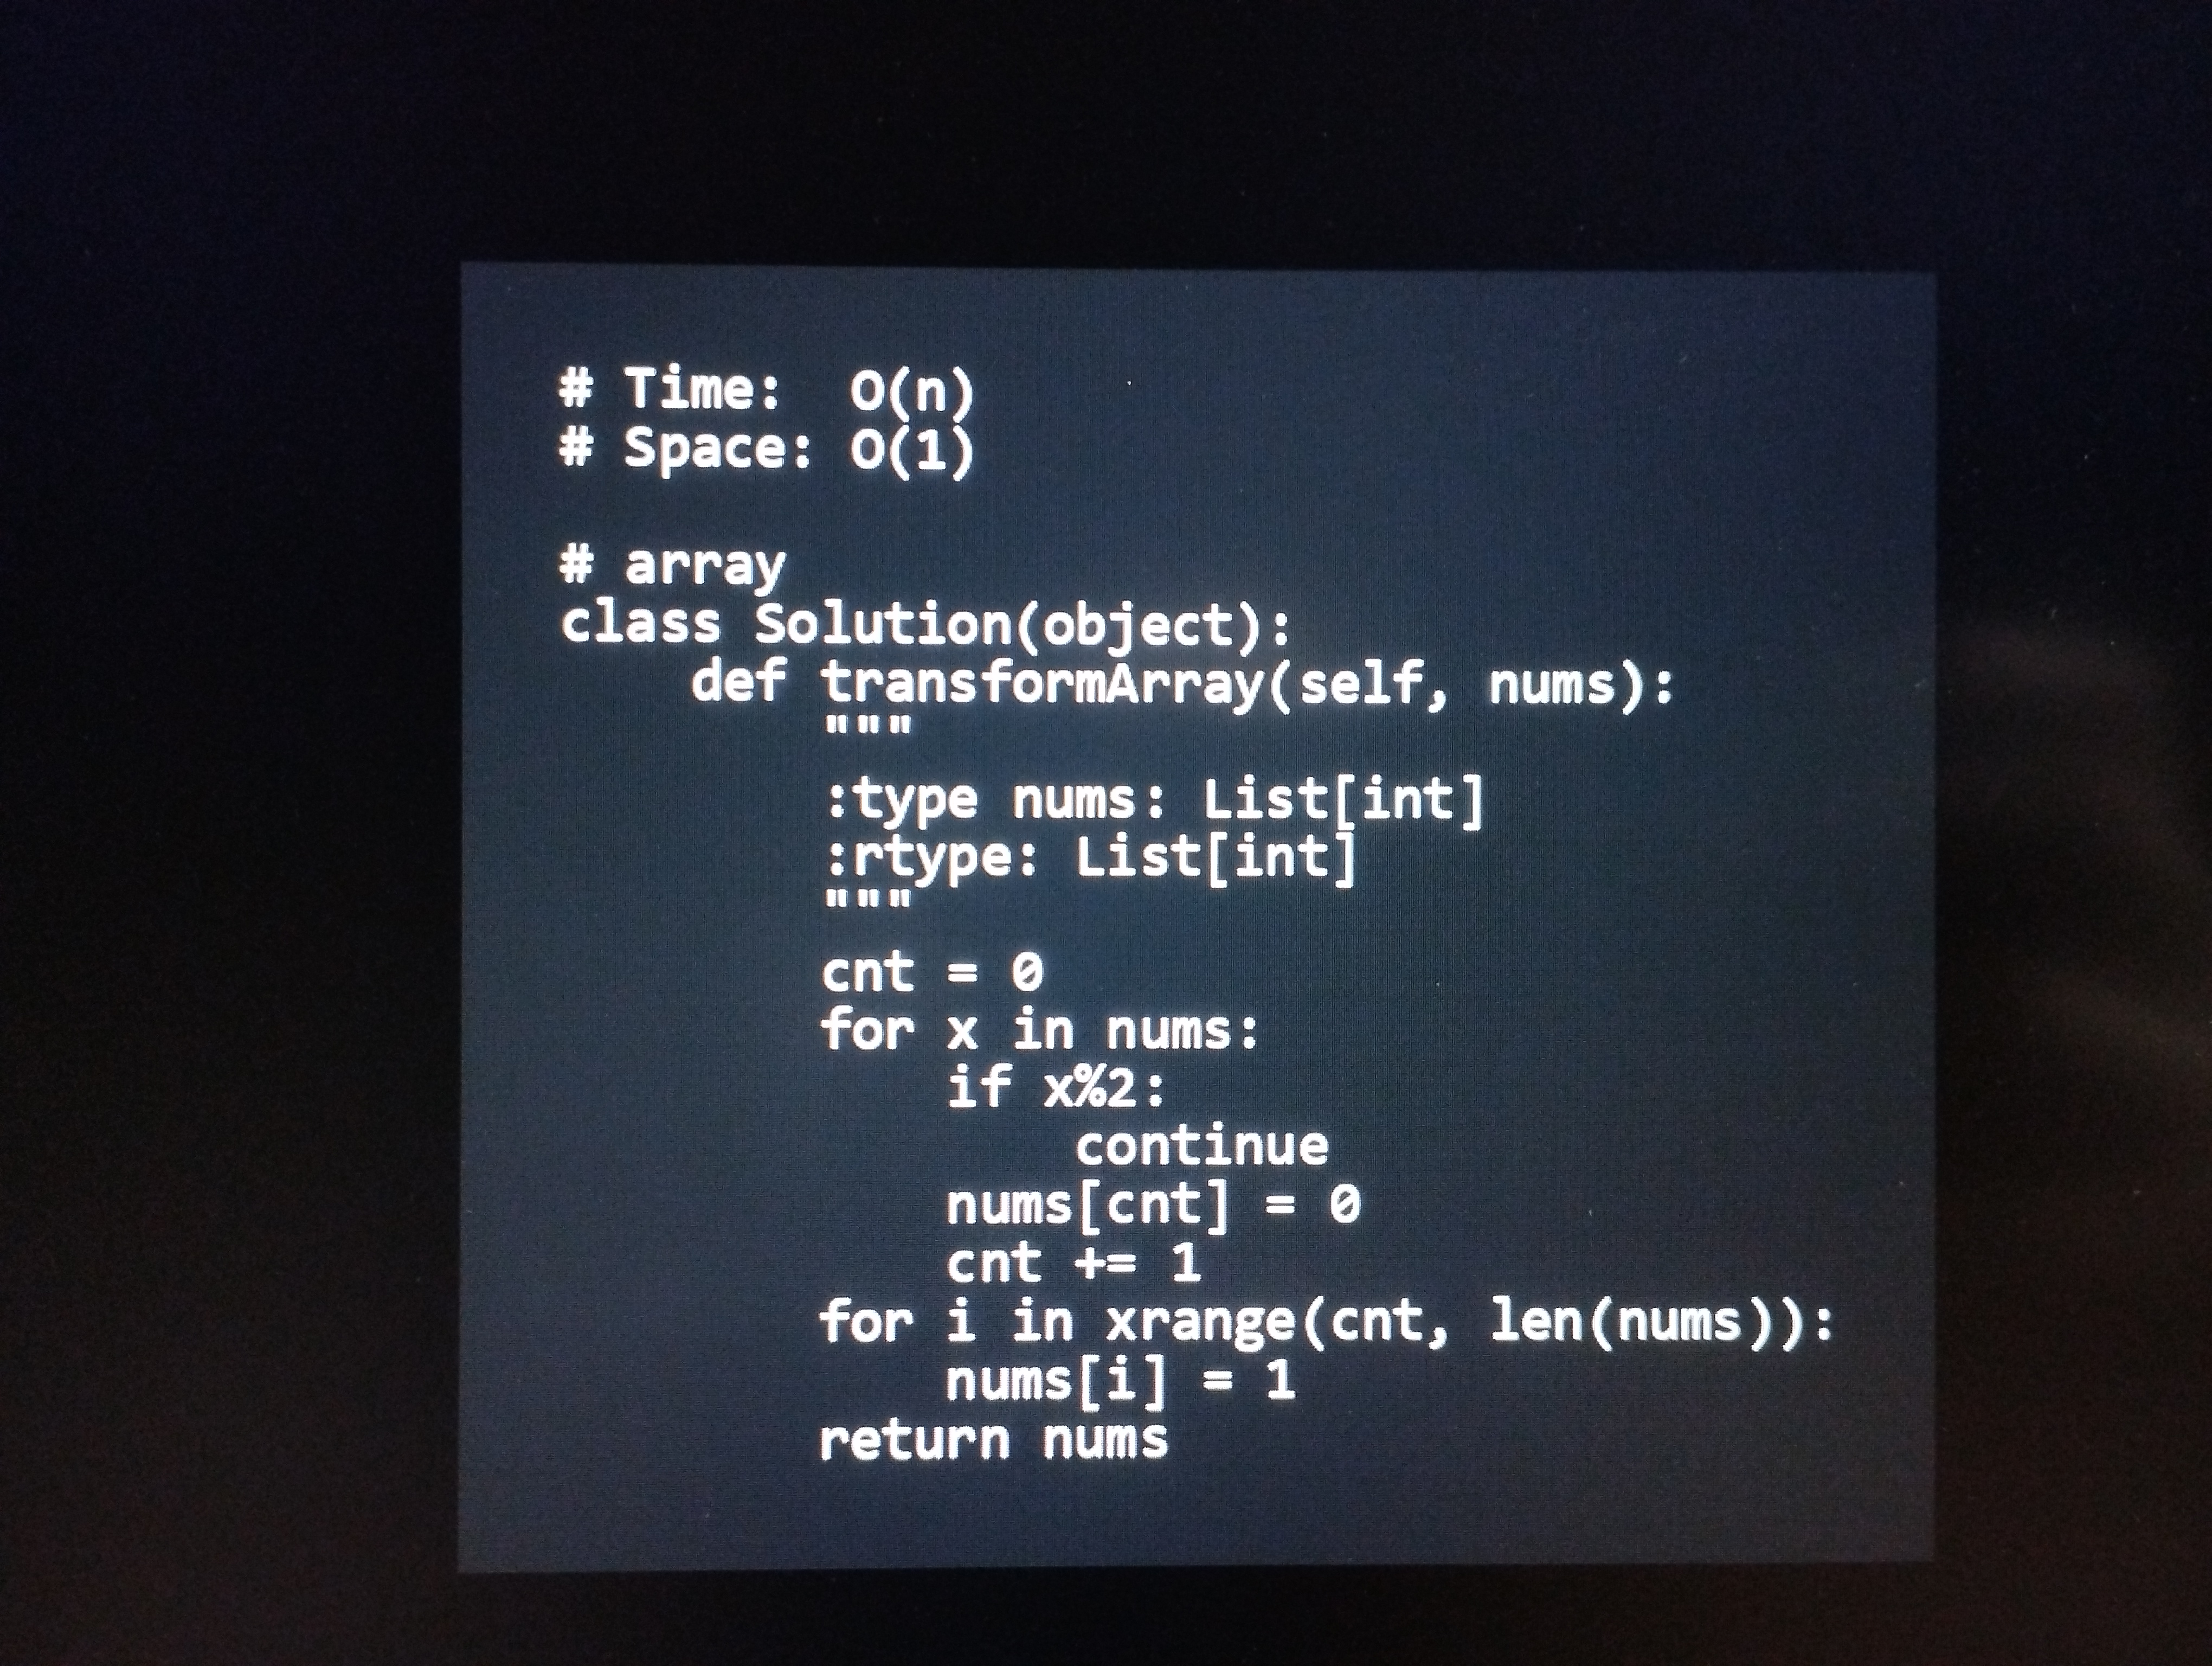
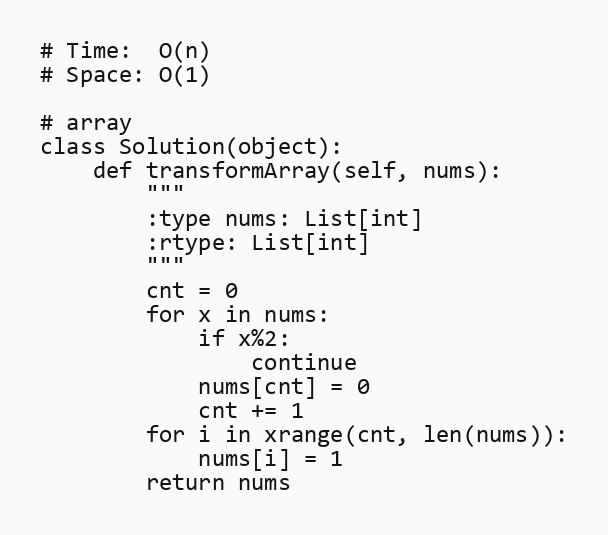
# Time:  O(n)
# Space: O(1)

# array
class Solution(object):
    def transformArray(self, nums):
        """
        :type nums: List[int]
        :rtype: List[int]
        """
        cnt = 0
        for x in nums:
            if x%2:
                continue
            nums[cnt] = 0
            cnt += 1
        for i in xrange(cnt, len(nums)):
            nums[i] = 1
        return nums